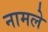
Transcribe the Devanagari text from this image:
नामले